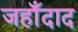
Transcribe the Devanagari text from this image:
जहाँदाद